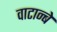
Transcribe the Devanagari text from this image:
वाटान्बे